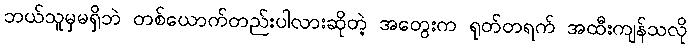
ဘယ်သူမှမရှိဘဲ တစ်ယောက်တည်းပါလားဆိုတဲ့ အတွေးက ရုတ်တရက် အထီးကျန်သလို